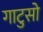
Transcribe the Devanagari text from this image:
गाटुसो